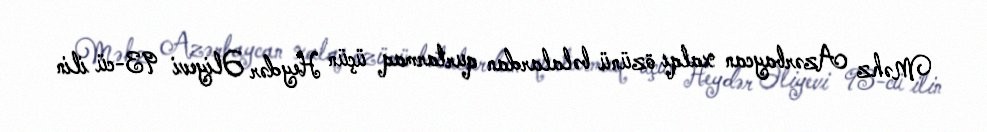
Məhz Azərbaycan xalqı özünü bəlalardan qurtarmaq üçün Heydər Əliyevi 93-cü ilin